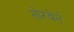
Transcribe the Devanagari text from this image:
नोरबेर्त